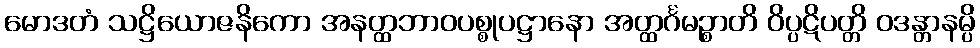
မောဒတံ သဋ္ဌိယောဇနိကော အနတ္ထဘာဝပစ္စုပဋ္ဌာနော အတ္ထင်္ဂမဉ္စာတိ ဝိပ္ပဋိပတ္တိ ဝဒန္တာနမ္ပိ